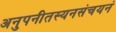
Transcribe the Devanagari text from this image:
अनुपनीतस्यनसंचयनं